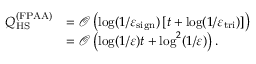
\begin{array} { r l } { Q _ { \mathrm { H S } } ^ { ( \mathrm { F P A A } ) } } & { = \mathcal { O } \left( \log ( 1 / \varepsilon _ { \mathrm { s i g n } } ) \left[ t + \log ( 1 / \varepsilon _ { \mathrm { t r i } } ) \right] \right) } \\ & { = \mathcal { O } \left( \log ( 1 / \varepsilon ) t + \log ^ { 2 } ( 1 / \varepsilon ) \right) . } \end{array}